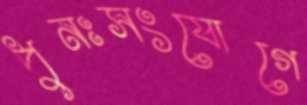
পুনঃসংযোগে